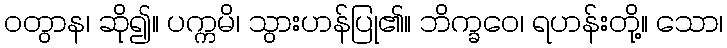
ဝတွာန၊ ဆို၍။ ပက္ကမိ၊ သွားဟန်ပြု၏။ ဘိက္ခဝေ၊ ရဟန်းတို့။ သော၊